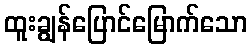
ထူးချွန်ပြောင်မြောက်သော